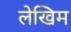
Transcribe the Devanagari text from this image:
लेखिम